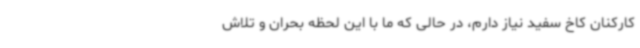
کارکنان کاخ سفید نیاز دارم، در حالی که ما با این لحظه بحران و تلاش